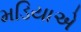
મડિયાએ